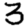
Digit: 3